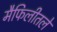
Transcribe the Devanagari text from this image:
मैफिलीतले